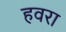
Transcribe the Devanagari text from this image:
हवरा